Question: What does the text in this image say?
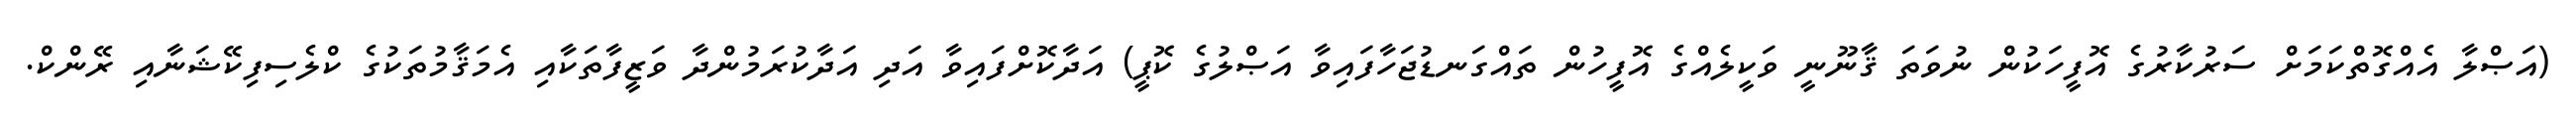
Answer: (އަޞްލާ އެއްގޮތްކަމަށް ސަރުކާރުގެ އޮފީހަކުން ނުވަތަ ޤާނޫނީ ވަކީލެއްގެ އޮފީހުން ތައްގަނޑުޖަހާފައިވާ އަޞްލުގެ ކޮޕީ) އަދާކޮށްފައިވާ އަދި އަދާކުރަމުންދާ ވަޒީފާތަކާއި އެމަޤާމުތަކުގެ ކްލެސިފިކޭޝަނާއި ރޭންކް.